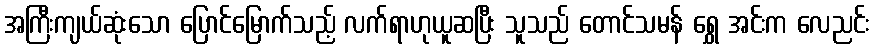
အကြီးကျယ်ဆုံးသော ပြောင်မြောက်သည့် လက်ရာဟုယူဆပြီး သူသည် တောင်သမန် ရွှေ အင်းက လေညင်း